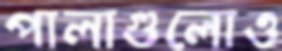
পালাগুলোও